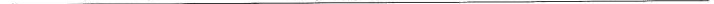
___